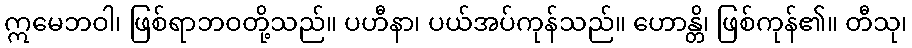
ဣမေဘဝါ၊ ဖြစ်ရာဘဝတို့သည်။ ပဟီနာ၊ ပယ်အပ်ကုန်သည်။ ဟောန္တိ၊ ဖြစ်ကုန်၏။ တီသု၊